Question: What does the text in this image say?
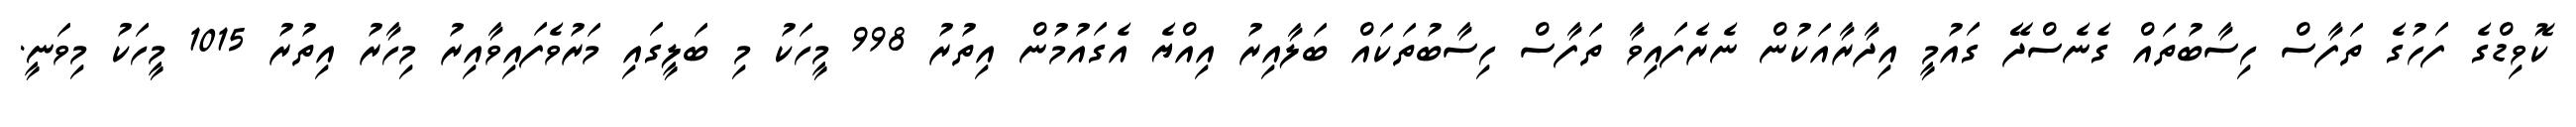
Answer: ކޮވިޑްގެ ފަހުގެ ތަފާސް ހިސާބުތައް ގެނެސްދޭ ގައުމީ އިދާރާއަކުން ނެރެފައިވާ ތަފާސް ހިސާބުތަކައް ބަލާއިރު އިއްޔެ އެގައުމުން އިތުރު 998 މީހަކު މި ބަލީގައި މަރުވެފައިވާއިރު މިހާރު އިތުރު 1015 މީހަކު މިވަނީ.